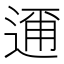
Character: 𮞘